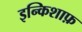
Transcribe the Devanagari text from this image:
इन्किशाफ़